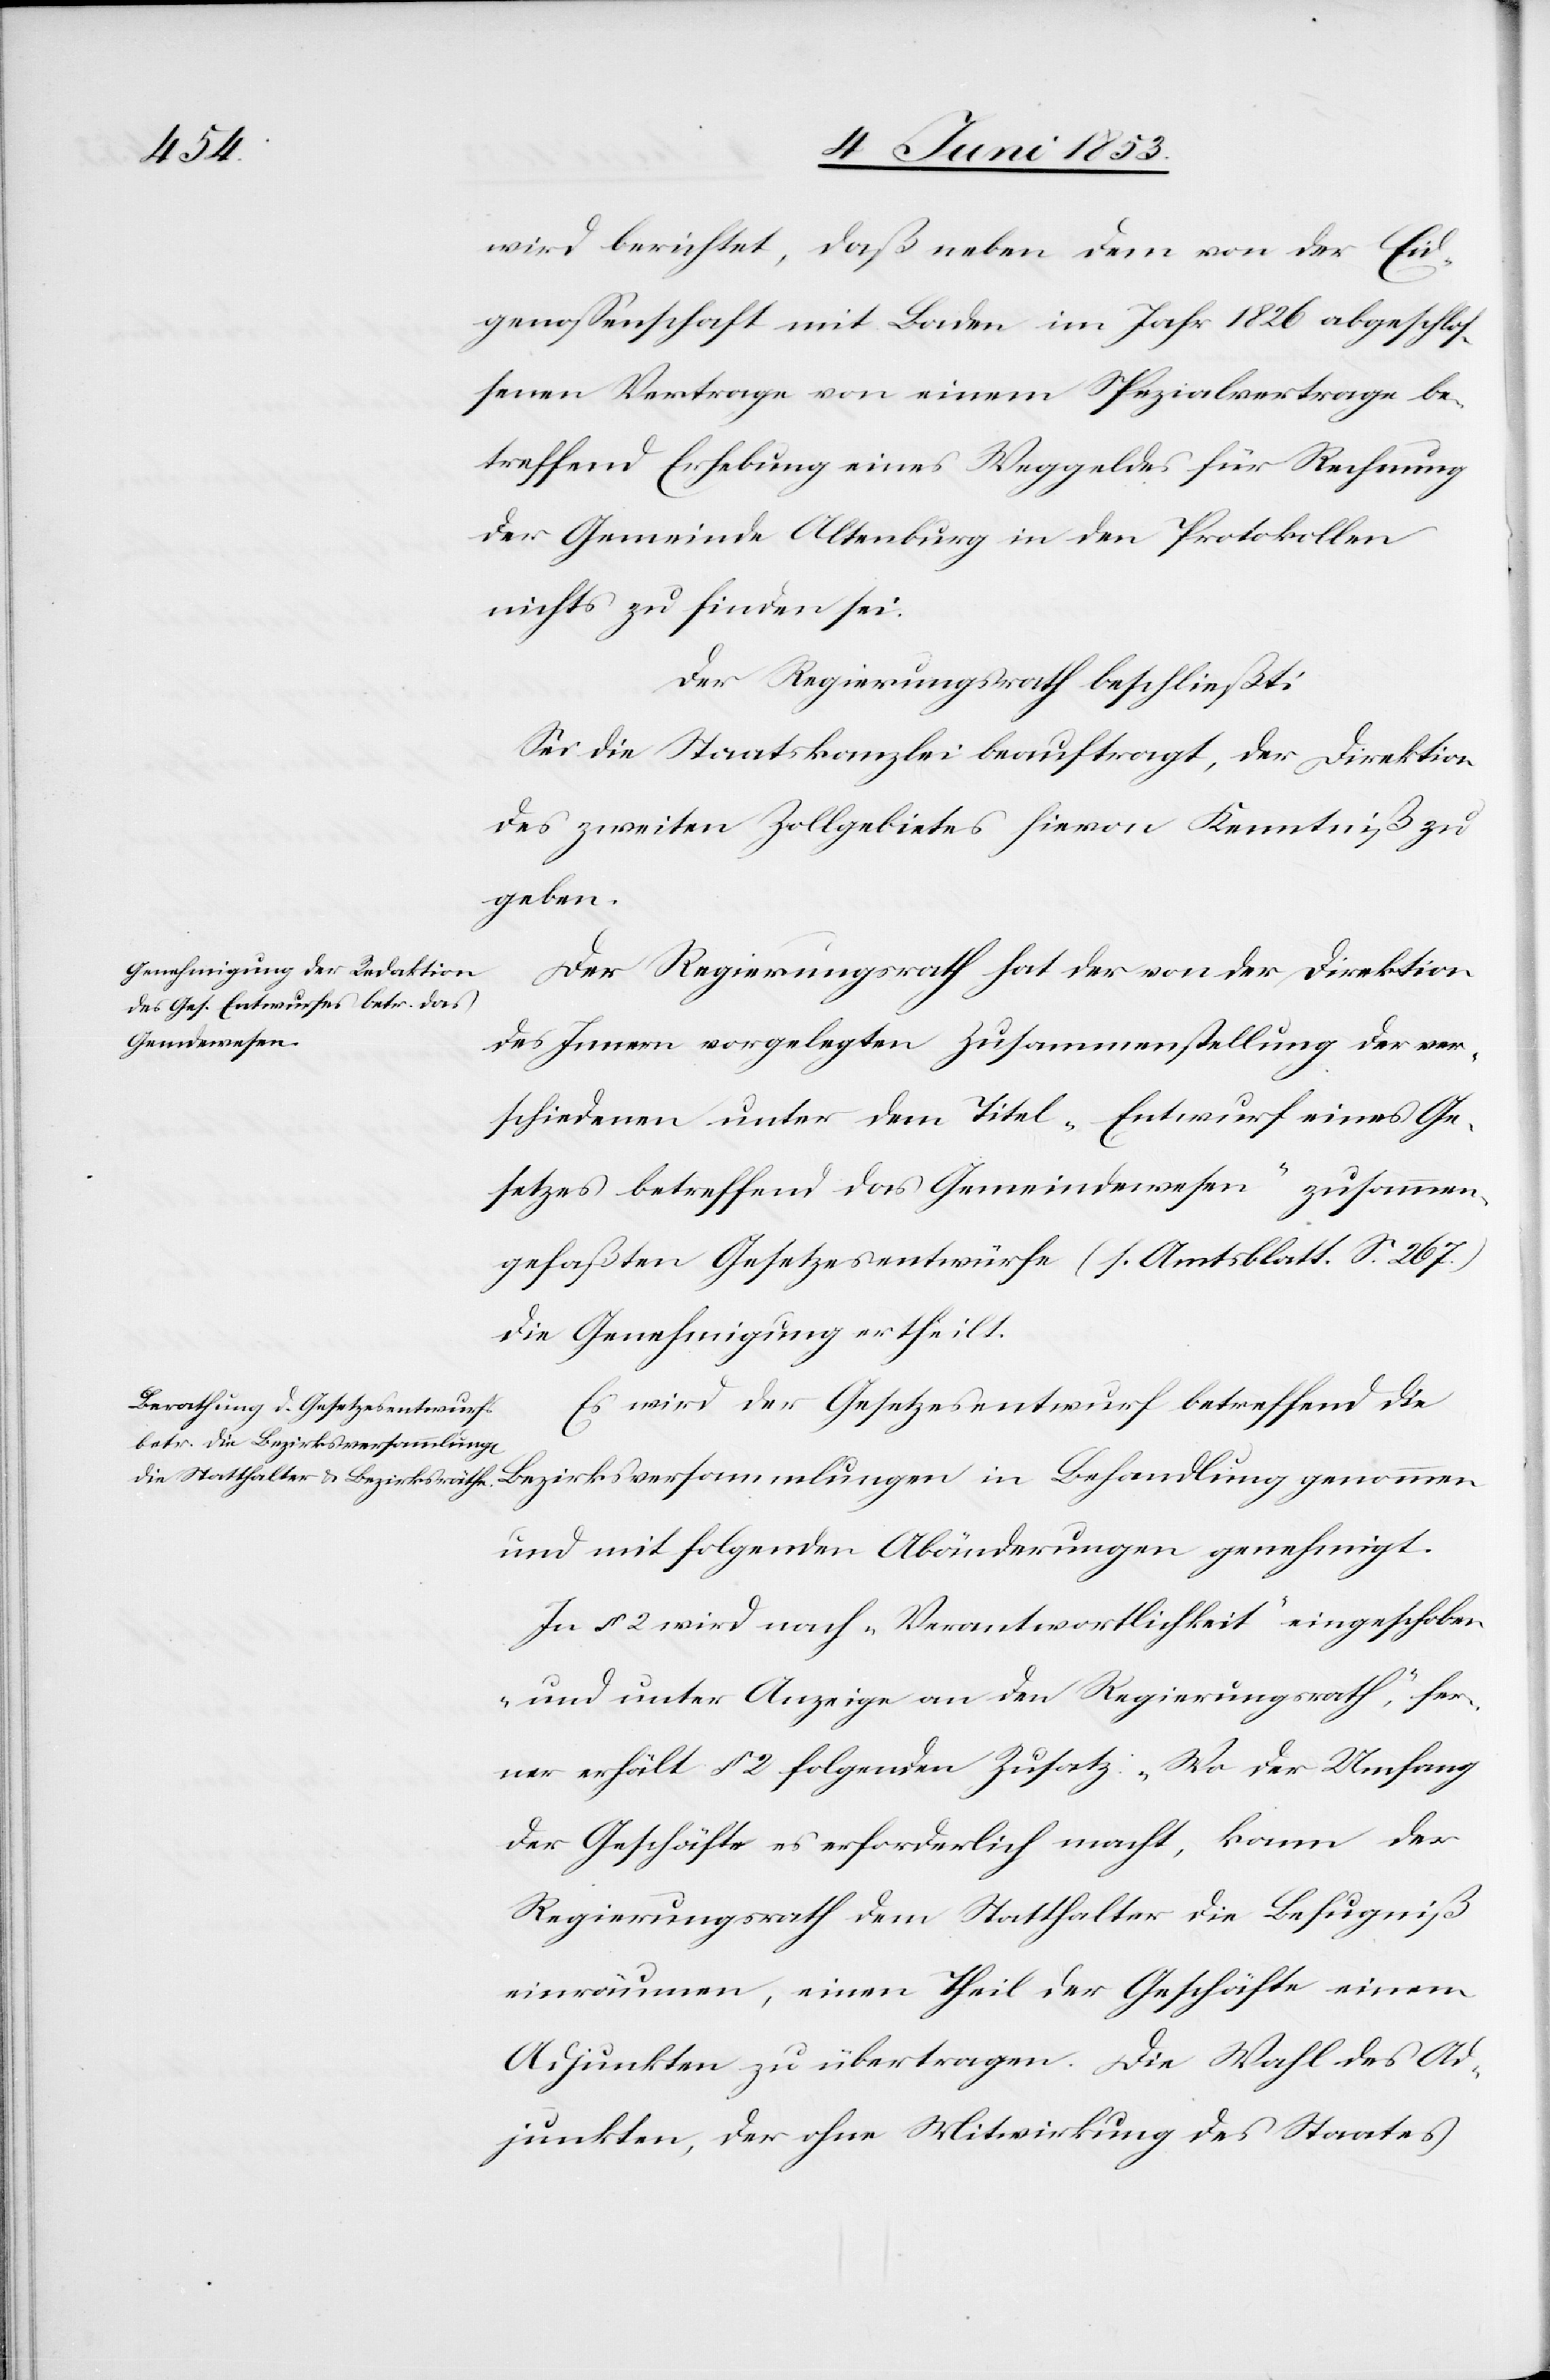
wird berichtet, daß neben dem von der Eid¬
genossenschaft mit Boden im Jahre 1826 abgeschlo¬
ßenen Vertrage von einem Spezialvertrage be¬
treffend Erhebung eines Weggeldes für Rechnung
der Gemeinde Altenburg in den Protokollen
nichts zu finden sei.
Der Regierungsrath beschließt:
Sei die Staatskanzlei beauftragt, der Direktion
des zweiten Zollgebietes hievon Kenntniß zu
geben.
Der Regierungsrath hat der von der Direktion
des Innern vorgelegten Zusammenstellung der ver¬
schiedenen unter dem Titel „Entwurf eines Ge¬
setzes betreffend das Gemeindwesen“ zusammen¬
gefaßten Gesetzesentwürfe (s. Amtsblatt S. 267)
die Genehmigung ertheilt.
Es wird der Gesetzesentwurf betreffend die
und mit folgenden Abänderungen genehmigt.
In § 2 wird nach „Verantwortlichkeit“ eingeschoben
„und unter Anzeige an den Regierungsrath“, fer¬
ner erhält § 2 folgenden Zusatz: „Wo der Umfang
der Geschäfte es erforderlich macht, kann der
Regierungsrath dem Statthalter die Befugniß
einräumen, einen Theil der Geschäfte einem
Adjunkten zu übertragen. Die Wahl des Ad¬
junkten, der ohne Mitwirkung des Staates